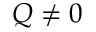
Q \neq 0